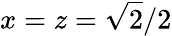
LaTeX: x=z=\sqrt{2}/2